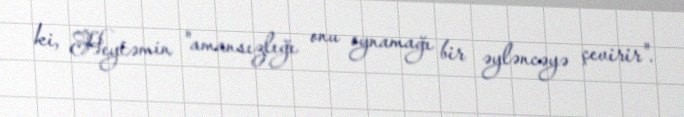
ki, Heytəmin "amansızlığı onu oynamağı bir əyləncəyə çevirir".